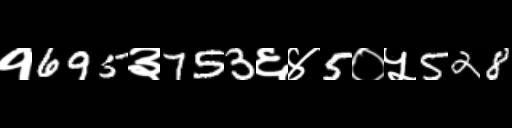
Text: १695३753६४5०५528